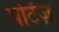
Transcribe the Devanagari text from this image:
पोटेंज़